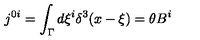
j ^ { 0 i } = \int _ { \Gamma } d \xi ^ { i } \delta ^ { 3 } ( x - \xi ) = \theta B ^ { i }